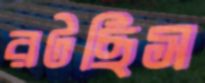
রটছিস